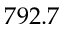
7 9 2 . 7